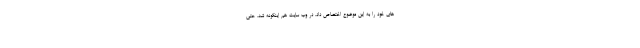
های خود را به این موضوع اختصاص داد. در وب سایت هم اینگونه شد. حتی